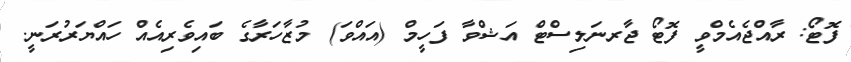
ފޮޓޯ: ރާއްޖެއެމްވީ ފޮޓޯ ޖާރނަލިސްޓް އަޝްވާ ފަހީމް (އައްވަ) މުޒާހަރާގެ ބައިވެރިއެއް ހައްޔަރުރަނީ.